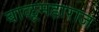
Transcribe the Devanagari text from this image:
बाळूमहाराज